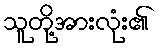
သူတို့အားလုံး၏